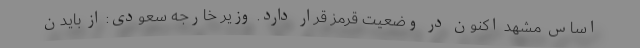
اساس مشهد اکنون در وضعیت قرمز قرار دارد. وزیر خارجه سعودی: از بایدن